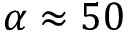
\alpha \approx 5 0